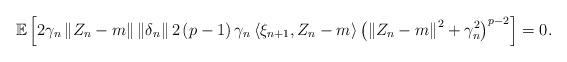
LaTeX: \begin{align*} \mathbb{E}\left[ 2\gamma_{n} \left\| Z_{n}-m \right\| \left\| \delta_{n} \right\| 2\left( p-1 \right) \gamma_{n} \left\langle \xi_{n+1}, Z_{n}-m \right\rangle \left( \left\| Z_{n}-m \right\|^{2} + \gamma_{n}^{2}\right)^{p-2}\right] =0 .\end{align*}